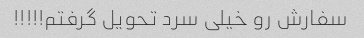
سفارش رو خیلی سرد تحویل گرفتم!!!!!